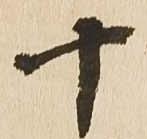
十